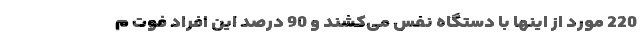
220 مورد از اینها با دستگاه نفس می‌کشند و 90 درصد این افراد فوت م